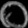
Digit: ၀